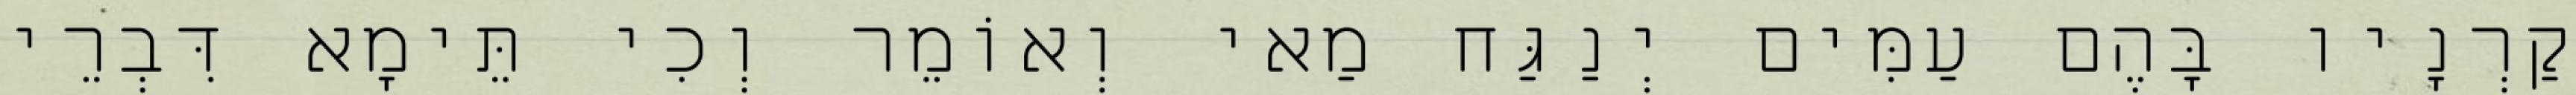
קַרְנָיו בָּהֶם עַמִּים יְנַגַּח מַאי וְאוֹמֵר וְכִי תֵּימָא דִּבְרֵי